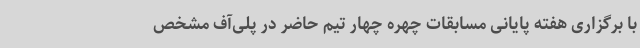
با برگزاری هفته پایانی مسابقات چهره چهار تیم حاضر در پلی‌آف مشخص